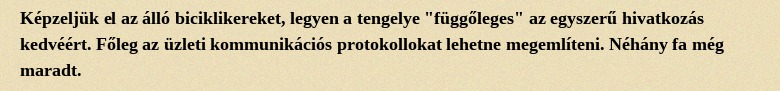
Képzeljük el az álló biciklikereket, legyen a tengelye "függőleges" az egyszerű hivatkozás kedvéért. Főleg az üzleti kommunikációs protokollokat lehetne megemlíteni. Néhány fa még maradt.